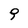
Character: 9